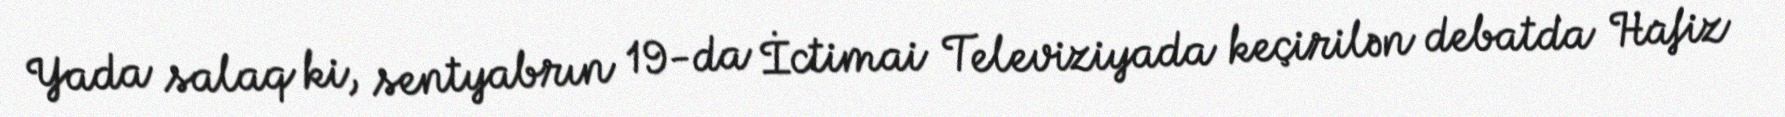
Yada salaq ki, sentyabrın 19-da İctimai Televiziyada keçirilən debatda Hafiz